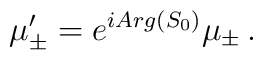
\mu_{\pm}^{\prime} = e^{iArg(S_{0})}\mu_{\pm}\, .